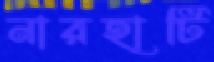
নারহাটি